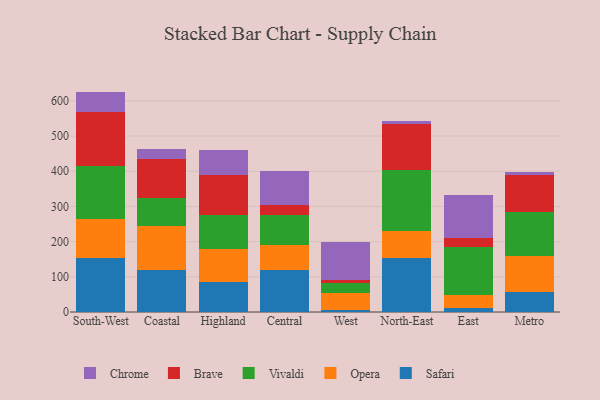
{"axis": {"x": "Region", "y": "Market Share (%)"}, "legend": ["Brave", "Chrome", "Opera", "Safari", "Vivaldi"], "data": [{"x": "South-West", "y": 152.3, "type": "Safari"}, {"x": "South-West", "y": 111.7, "type": "Opera"}, {"x": "South-West", "y": 149.8, "type": "Vivaldi"}, {"x": "South-West", "y": 153.8, "type": "Brave"}, {"x": "South-West", "y": 58.9, "type": "Chrome"}, {"x": "Coastal", "y": 118.2, "type": "Safari"}, {"x": "Coastal", "y": 126.4, "type": "Opera"}, {"x": "Coastal", "y": 78.1, "type": "Vivaldi"}, {"x": "Coastal", "y": 110.9, "type": "Brave"}, {"x": "Coastal", "y": 28.7, "type": "Chrome"}, {"x": "Highland", "y": 84.5, "type": "Safari"}, {"x": "Highland", "y": 95.2, "type": "Opera"}, {"x": "Highland", "y": 96.9, "type": "Vivaldi"}, {"x": "Highland", "y": 112.2, "type": "Brave"}, {"x": "Highland", "y": 71.9, "type": "Chrome"}, {"x": "Central", "y": 120.0, "type": "Safari"}, {"x": "Central", "y": 71.6, "type": "Opera"}, {"x": "Central", "y": 83.4, "type": "Vivaldi"}, {"x": "Central", "y": 28.5, "type": "Brave"}, {"x": "Central", "y": 97.3, "type": "Chrome"}, {"x": "West", "y": 6.4, "type": "Safari"}, {"x": "West", "y": 47.5, "type": "Opera"}, {"x": "West", "y": 29.4, "type": "Vivaldi"}, {"x": "West", "y": 8.7, "type": "Brave"}, {"x": "West", "y": 107.3, "type": "Chrome"}, {"x": "North-East", "y": 154.8, "type": "Safari"}, {"x": "North-East", "y": 75.8, "type": "Opera"}, {"x": "North-East", "y": 173.0, "type": "Vivaldi"}, {"x": "North-East", "y": 130.2, "type": "Brave"}, {"x": "North-East", "y": 9.0, "type": "Chrome"}, {"x": "East", "y": 11.6, "type": "Safari"}, {"x": "East", "y": 37.9, "type": "Opera"}, {"x": "East", "y": 136.7, "type": "Vivaldi"}, {"x": "East", "y": 22.9, "type": "Brave"}, {"x": "East", "y": 123.0, "type": "Chrome"}, {"x": "Metro", "y": 56.0, "type": "Safari"}, {"x": "Metro", "y": 102.3, "type": "Opera"}, {"x": "Metro", "y": 127.2, "type": "Vivaldi"}, {"x": "Metro", "y": 102.8, "type": "Brave"}, {"x": "Metro", "y": 10.2, "type": "Chrome"}]}